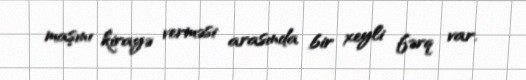
maşını kirayə verməsi arasında bir xeyli fərq var.